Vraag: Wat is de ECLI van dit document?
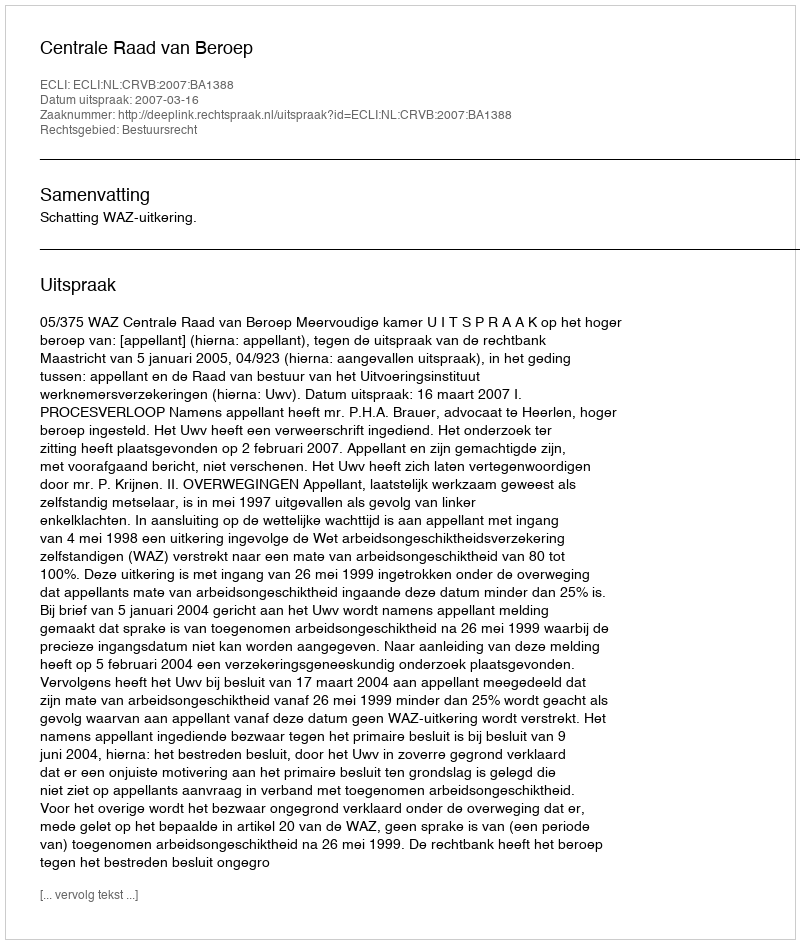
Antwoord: ECLI:NL:CRVB:2007:BA1388